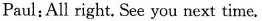
Paul:All right. See you next time.